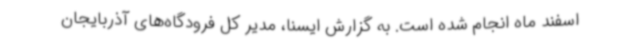
اسفند ماه انجام شده است. به گزارش ایسنا، مدیر کل فرودگاه‌های آذربایجان